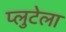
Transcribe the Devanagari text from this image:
प्लुटेला